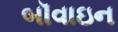
બૉવાઇન